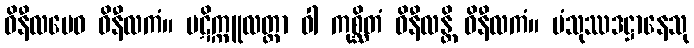
ဝိနီလမေဝ ဝိနီလကံ။ ပဋိက္ကူလတ္တာ ဝါ ကုစ္ဆိတံ ဝိနီလန္တိ ဝိနီလကံ။ မံသုဿဒဋ္ဌာနေသု